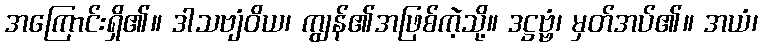
အကြောင်းရှိ၏။ ဒါသဗျံဝိယ၊ ကျွန်၏အဖြစ်ကဲ့သို့။ ဒဋ္ဌဗ္ဗံ၊ မှတ်အပ်၏။ အယံ၊